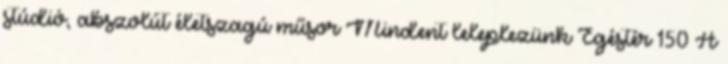
stúdió, abszolút életszagú műsor Mindent leleplezünk Égéstér 150 A